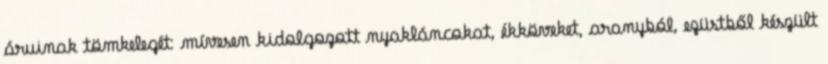
áruinak tömkelegét: mívesen kidolgozott nyakláncokat, ékköveket, aranyból, ezüstből készült